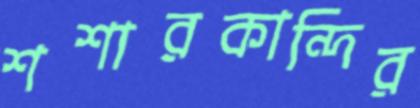
শশারকান্দির